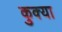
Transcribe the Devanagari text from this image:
कुक्या